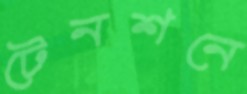
টেনশনে